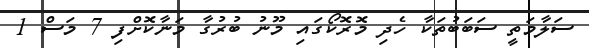
ސަލާމަތީ ސަބަބުތަކާ ހެދި މޮރޮކޯގައި މޫނު ބުރުގާ މަނާކޮށްފި 7 މަސް 1